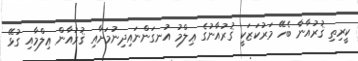
ކީރިތި ޤުރުއާނާ ބެހޭ މަރުކަޒަކީ ޤުރުއާނުގެ ޢިލްމު އުނގަންނައިދިނުމަށާއި ޤުރުއާން ޢިލްމާއި ގުޅޭ